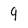
Character: 9